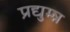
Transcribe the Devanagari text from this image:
प्रद्युम्न्न